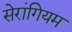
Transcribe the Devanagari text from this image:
सेरांगियम